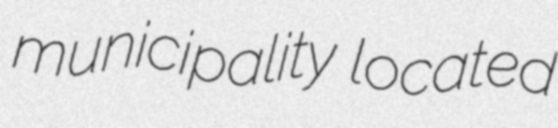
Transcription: municipality located